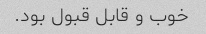
خوب و قابل قبول بود.